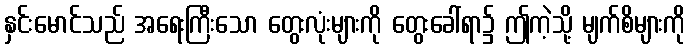
နှင်းမောင်သည် အရေးကြီးသော တွေးလုံးများကို တွေးခေါ်ရာ၌ ဤကဲ့သို့ မျက်စိများကို